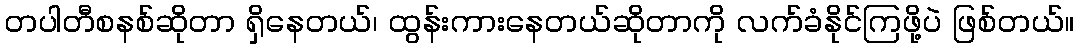
တပါတီစနစ်ဆိုတာ ရှိနေတယ်၊ ထွန်းကားနေတယ်ဆိုတာကို လက်ခံနိုင်ကြဖို့ပဲ ဖြစ်တယ်။